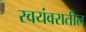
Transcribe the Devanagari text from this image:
स्वयंवरातील